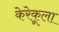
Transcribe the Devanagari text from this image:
केरेकूला